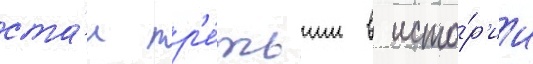
ста́л тр'е́тьим в исто́р'ии